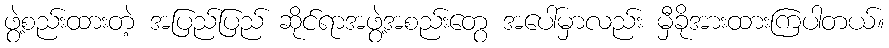
ဖွဲ့စည်းထားတဲ့ အပြည်ပြည် ဆိုင်ရာအဖွဲ့အစည်းတွေ အပေါ်မှာလည်း မှီခိုအားထားကြပါတယ်။